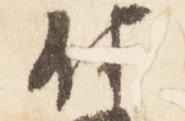
付